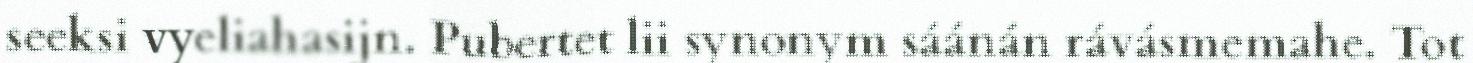
seeksi vyeliahasijn. Pubertet lii synonym sáánán rávásmemahe. Tot